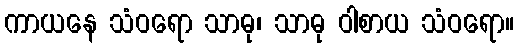
ကာယနေ သံဝရော သာဓု၊ သာဓု ဝါစာယ သံဝရော။